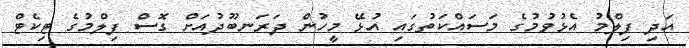
އަދި ފިލްމު އެޅުވުމުގެ މަސައްކަތުގައި އުޅޭ މީހުން ދަރަނބޫދުއަށް ގޮސް ފިލްމުގެ ޓިކެޓް